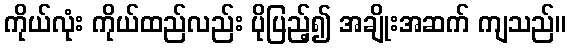
ကိုယ်လုံး ကိုယ်ထည်လည်း ပိုပြည့်၍ အချိုးအဆက် ကျသည်။